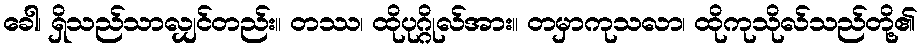
ခေါ၊ ရှိသည်သာလျှင်တည်း။ တဿ၊ ထိုပုဂ္ဂိုလ်အား။ တမှာကုသလာ၊ ထိုကုသိုလ်သည်တို့၏